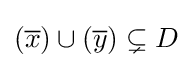
({\overline {x}})\cup ({\overline {y}})\subsetneq D